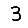
Digit: 3